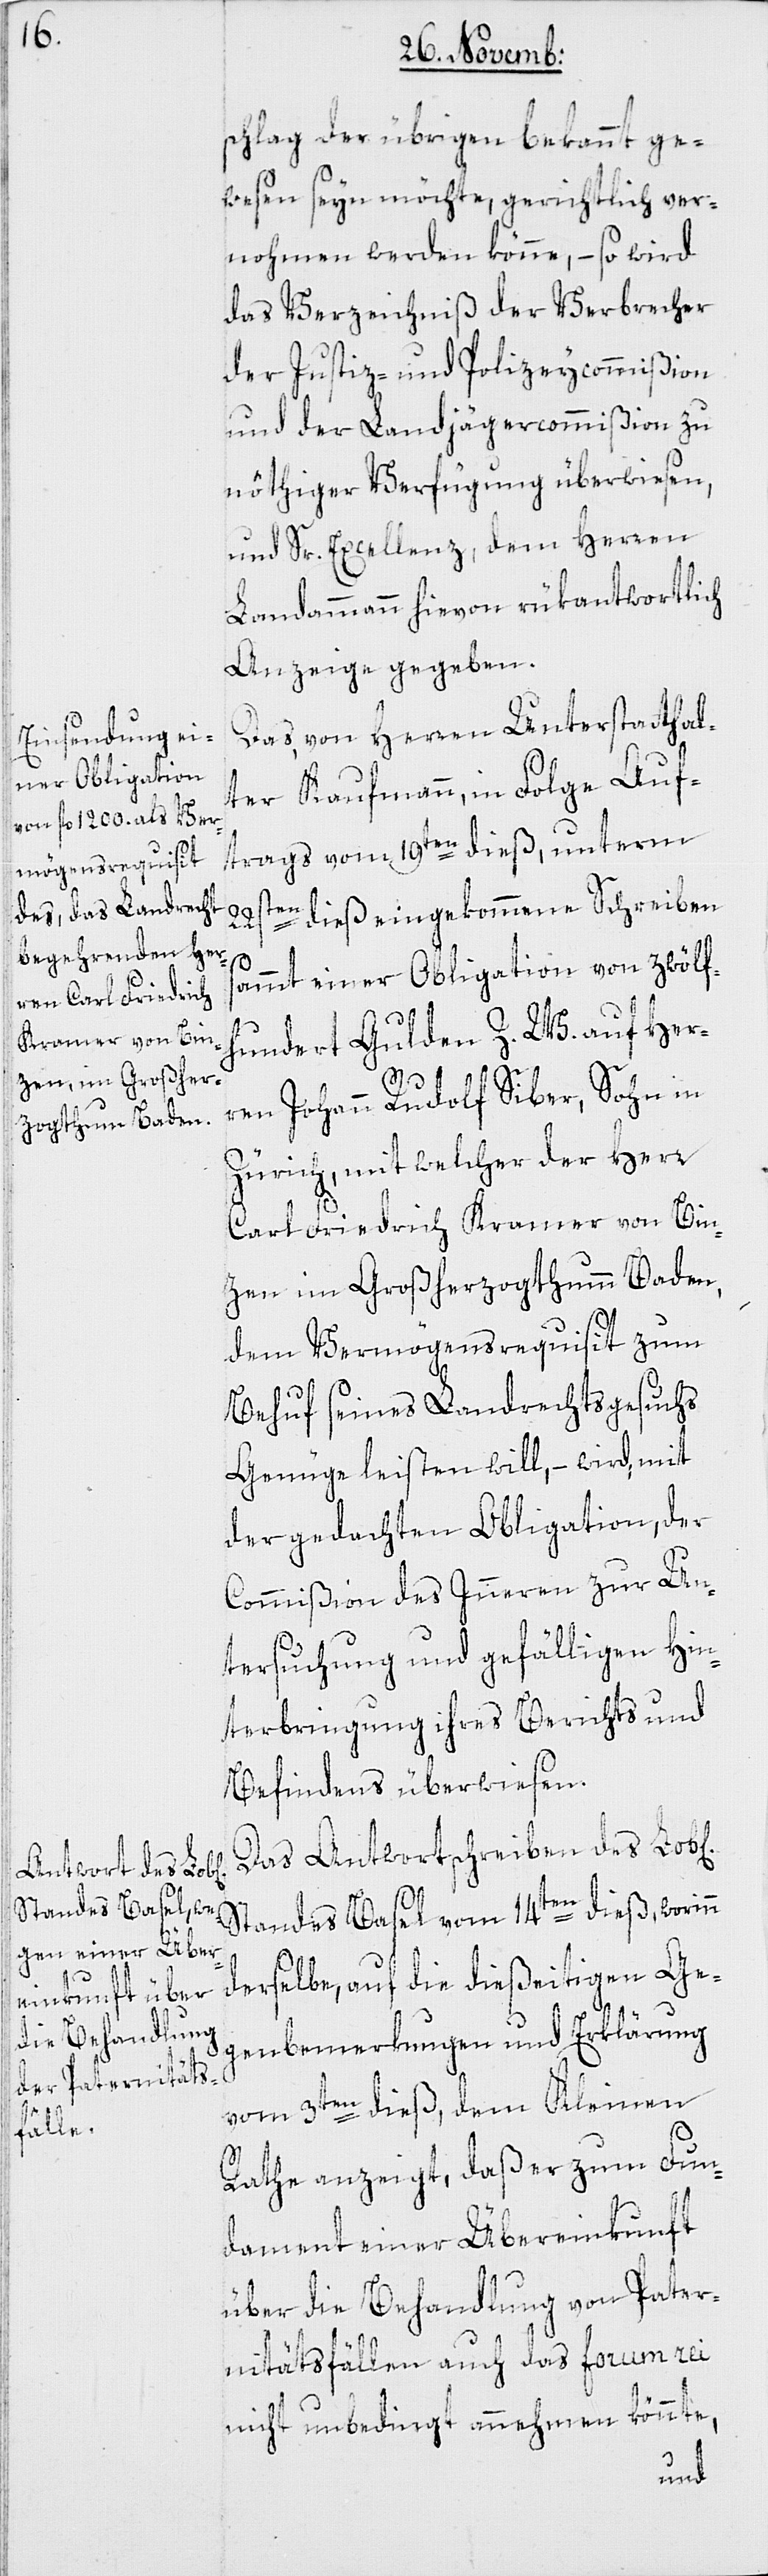
schlag der übrigen bekannt ge¬
wesen seyn möchte, gerichtlich ver¬
nohmen werden könne, – so wird
das Verzeichniß der Verbrecher
der Justiz- und Polizeycommißion
und der Landjägercommißion zu
nöthiger Verfügung überwiesen,
und Sr. Excellenz dem Herren
Landammann hievon rükantwortlich
Anzeige gegeben.
Das, von Herren Unterstatthal¬
ter Kaufmann, in Folge Auf¬
trags vom 19ten dieß, unterm
22sten dieß eingekommene Schreiben
sammt einer Obligation von zwölf¬
hundert Gulden Z. W. auf Her¬
ren Johann Rudolf Siber, Sohn in
Zürich, mit welcher der Herr
Carl Friedrich Kramer von Bin¬
zen im Großherzogthumm Baden,
dem Vermögensrequisit zum
Behuf seines Landrechtsgesuchs
Genügen leisten will, – wird mit
der gedachten Obligation, der
Commißion des Inneren zur Un¬
tersuchung und gefälligen Hin¬
terbringung ihres Berichts und
Befindens überwiesen.
Das Antwortschreiben des Lob[l¬
derselbe, auf die dießeitigen Ge¬
genbemerkungen und Erklärung
vom 3ten dieß, dem Kleinen
ichen]
Rathe anzeigt, daß er zum Fun¬
dament einer Übereinkunft
über die Behandlung von Pater¬
nitätsfällen auch das forum rei
nicht unbedingt annehmen könnte,